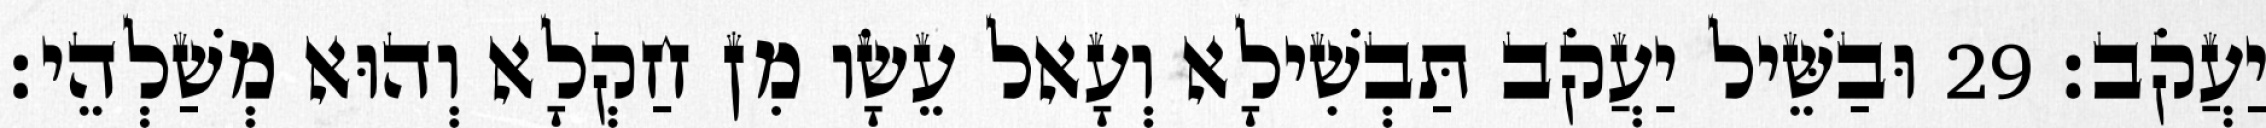
יַעֲקֹב׃ 29 וּבַשֵּׁיל יַעֲקֹב תַּבְשִׁילָא וְעָאל עֵשָׂו מִן חַקְלָא וְהוּא מְשַׁלְהֵי׃